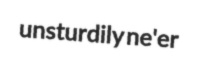
unsturdily ne'er